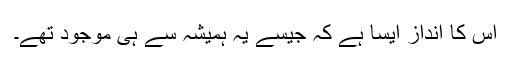
اس کا انداز ایسا ہے کہ جیسے یہ ہمیشہ سے ہی موجود تھے۔